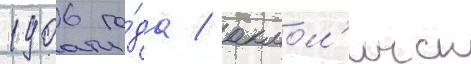
1906 го́да / акмол'инск